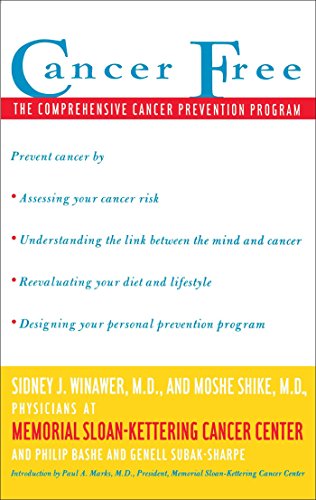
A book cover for Cancer Free: The Comprehensive Cancer Prevention Program; Sidney J. Winawer; Health, Fitness & Dieting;